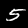
Label: 5